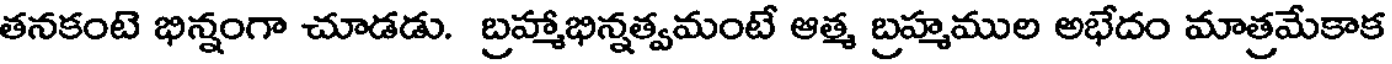
తనకంటె భిన్నంగా చూడడు. బ్రహ్మాభిన్నత్వమంటే ఆత్మ బ్రహ్మముల అభేదం మాత్రమేకాక